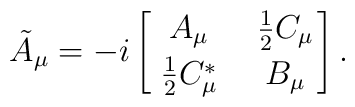
\tilde{A}_\mu =-i\left[\,{A_\mu \atop \frac{1}{2}C_\mu^*}\quad{\frac{1}{2}C_\mu \atop B_\mu}\right].